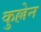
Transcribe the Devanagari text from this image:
कुल्लेन